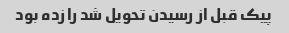
پیک قبل از رسیدن تحویل شد را زده بود